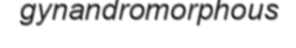
gynandromorphous